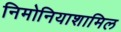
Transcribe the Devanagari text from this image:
निमोनियाशामिल